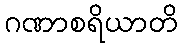
ဂဏာစရိယာတိ